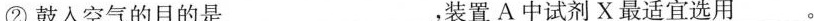
②鼓入空气的目的是___，装置A中试剂X最适宜选用___。